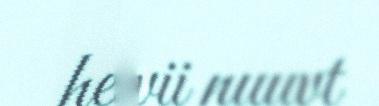
heivii nuuvt